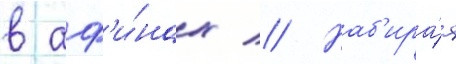
в аф'и́нах // Наб'ира́я